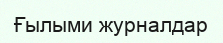
Ғылыми журналдар